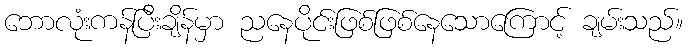
ဘောလုံးကန်ပြီးချိန်မှာ ညနေပိုင်းဖြစ်ဖြစ်နေသောကြောင့် ချမ်းသည်။